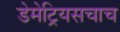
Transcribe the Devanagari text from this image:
डेमेट्रियसचाच